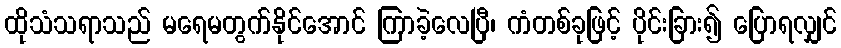
ထိုသံသရာသည် မရေမတွက်နိုင်အောင် ကြာခဲ့လေပြီ၊ ကံတစ်ခုဖြင့် ပိုင်းခြား၍ ပြောရလျှင်